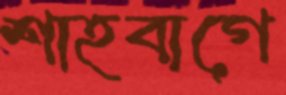
শাহবাগে